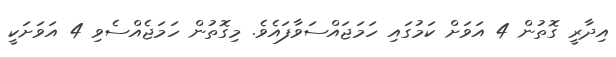
އިދާރީ ގޮތުން 4 އަވަށް ކަމުގައި ހަމަޖައްސަވާފައެވެ. މިގޮތުން ހަމަޖެއްސެވި 4 އަވަށަކީ